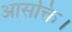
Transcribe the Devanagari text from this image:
आसक्ति।